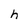
Character: h